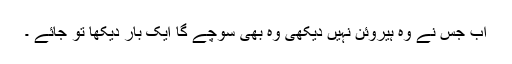
اب جس نے وہ ہیروئن نہیں دیکھی وہ بھی سوچے گا ایک بار دیکھا تو جائے ۔